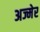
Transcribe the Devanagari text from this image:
अज्मेर